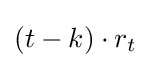
(t-k)\cdot r_{t}